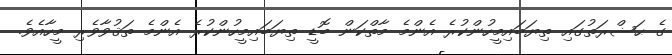
ގެ ޙަޟްރަތުގައި ތިޔަބައިމީހުންކުރެ އެންމެ މާތްކަން ބޮޑީ ތިޔަބައިމީހުންކުރެ އެންމެ ތަޤުވާވެރި މީހާއެވެ.